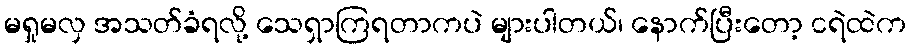
မရှုမလှ အသတ်ခံရလို့ သေရှာကြရတာကပဲ များပါတယ်၊ နောက်ပြီးတော့ ငရဲထဲက